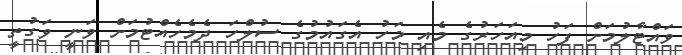
ވައްޓާލުމަށް ފަހު މިއަހަރުގެ މެއި މަހު އެގައުމުގެ ސުލްހަ ދެމެހެއްޓުމަށް ވަނީ ވަގުތީ